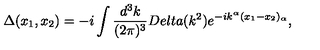
\Delta ( x _ { 1 } , x _ { 2 } ) = - i \int \frac { d ^ { 3 } k } { ( 2 \pi ) ^ { 3 } } D e l t a ( k ^ { 2 } ) e ^ { - i k ^ { \alpha } ( x _ { 1 } - x _ { 2 } ) _ { \alpha } } ,